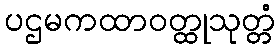
ပဌမကထာဝတ္ထုသုတ္တံ